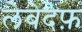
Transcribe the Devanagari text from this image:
लेबेदेफ़